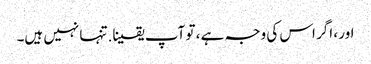
اور ، اگر اس کی وجہ ہے ، تو آپ یقینا. تنہا نہیں ہیں۔